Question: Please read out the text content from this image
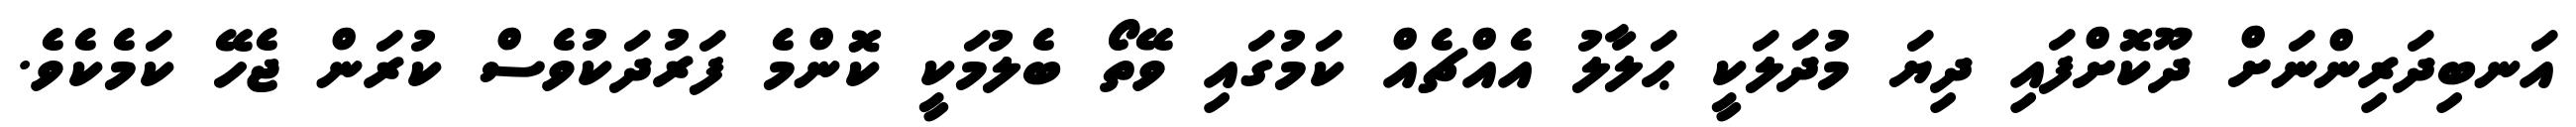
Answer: އަނބިދަރިންނަށް ދޫކޮށްފައި ދިޔަ މުދަލަކީ ޙަލާލު އެއްޗެއް ކަމުގައި ވޭތޯ ބެލުމަކީ ކޮންމެ ފަރުދަކުވެސް ކުރަން ޖެހޭ ކަމެކެވެ.